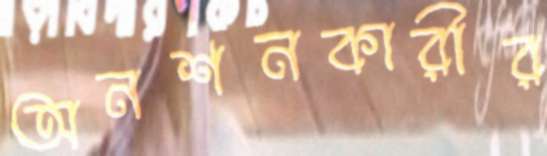
অনশনকারীর